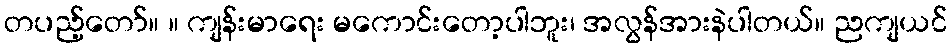
တပည့်တော်။ ။ ကျန်းမာရေး မကောင်းတော့ပါဘူး၊ အလွန်အားနဲပါတယ်။ ညကျယင်